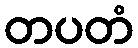
တပတံ